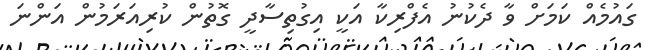
ގައުމެއް ކަމަށް ވާ ދެކުނު އެފްރިކާ އަކީ އިގުތިސާދީ ގޮތުން ކުރިއަރަމުން އަންނަ